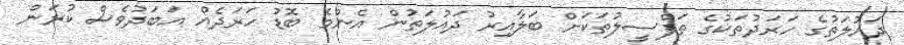
ދައުލަތުގެ ހަރަދުތަކުގެ ތަފްސީލުތަކަށް ބަލާއިރު ދައުލަތުން އެންމެ ބޮޑު ހަރަދެއް އަބަދުވެސް ކުރަން